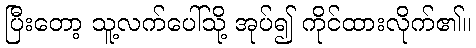
ပြီးတော့ သူ့လက်ပေါ်သို့ အုပ်၍ ကိုင်ထားလိုက်၏။